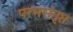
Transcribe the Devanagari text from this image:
परमसंतृप्त